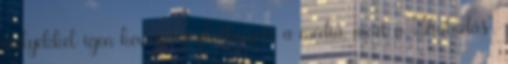
melyekkel igen keveset foglalkozott a média, mert a „haladás”,